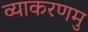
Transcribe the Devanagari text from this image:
व्याकरणमु